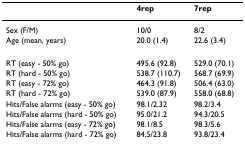
<table><thead><tr><td></td><td><b>4rep</b></td><td><b>7rep</b></td></tr></thead><tbody><tr><td>Sex (F/M)</td><td>10/0</td><td>8/2</td></tr><tr><td>Age (mean, years)</td><td>20.0 (1.4)</td><td>22.6 (3.4)</td></tr><tr><td>RT (easy - 50% go)</td><td>495.6 (92.8)</td><td>529.0 (70.1)</td></tr><tr><td>RT (hard - 50% go)</td><td>538.7 (110.7)</td><td>568.7 (69.9)</td></tr><tr><td>RT (easy - 72% go)</td><td>464.3 (91.8)</td><td>506.4 (63.0)</td></tr><tr><td>RT (hard - 72% go)</td><td>539.0 (87.9)</td><td>558.0 (68.8)</td></tr><tr><td>Hits/False alarms (easy - 50% go)</td><td>98.1/2.32</td><td>98.2/3.4</td></tr><tr><td>Hits/False alarms (hard - 50% go)</td><td>95.0/21.2</td><td>94.3/20.5</td></tr><tr><td>Hits/False alarms (easy - 72% go)</td><td>98.1/8.5</td><td>98.3/5.6</td></tr><tr><td>Hits/False alarms (hard - 72% go)</td><td>84.5/23.8</td><td>93.8/23.4</td></tr></tbody></table>